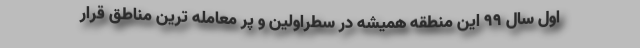
اول سال ۹۹ این منطقه همیشه در سطراولین و پر معامله ترین مناطق قرار